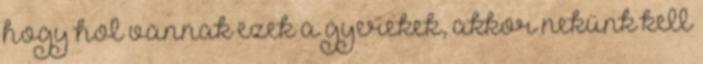
hogy hol vannak ezek a gyerekek, akkor nekünk kell